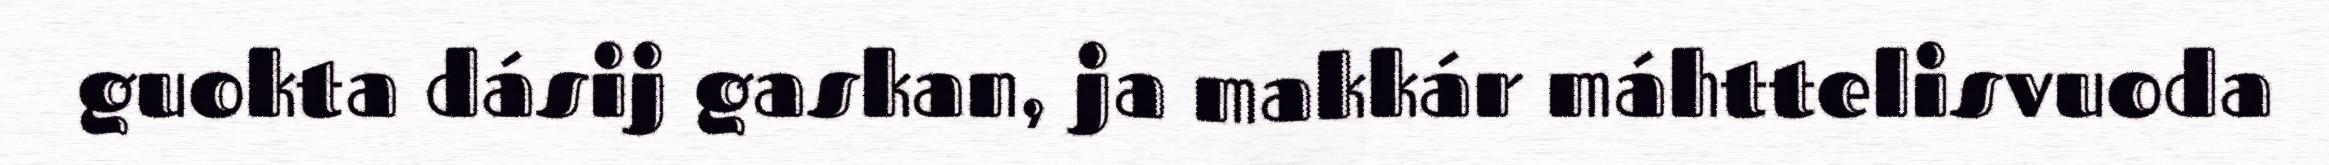
guokta dásij gaskan, ja makkár máhttelisvuoda